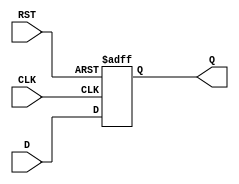
module dff_reset (
    input wire D,
    input wire CLK,
    input wire RST,
    output reg Q
);

always @(posedge CLK or posedge RST) begin
    if (RST) begin
        Q <= 1'b0; // Reset to known state when RST is active
    end else begin
        Q <= D; // Change state only on rising edge of CLK when RST is inactive
    end
end

endmodule